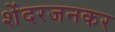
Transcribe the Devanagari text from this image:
शेंदरजनकर